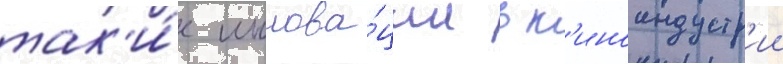
так'и́е иннова́ции в к'иноиндустр'ии